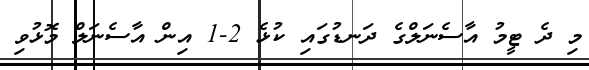
މި ދެ ޓީމު އާސެނަލްގެ ދަނޑުގައި ކުޅެ 2-1 އިން އާސެނަލް މޮޅުވި